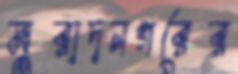
মুরাদনগরের